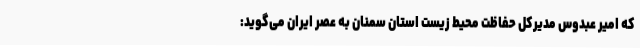
که امیر عبدوس مدیرکل حفاظت محیط زیست استان سمنان به عصر ایران می‌گوید: